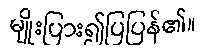
မျိုးပြား၍ပြပြန်၏။